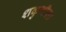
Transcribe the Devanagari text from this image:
शकुनीला